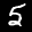
Label: 5